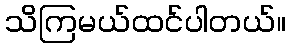
သိကြမယ်ထင်ပါတယ်။